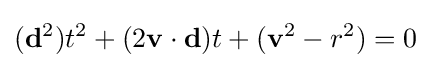
(\mathbf {d} ^{2})t^{2}+(2\mathbf {v} \cdot \mathbf {d} )t+(\mathbf {v} ^{2}-r^{2})=0